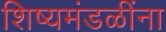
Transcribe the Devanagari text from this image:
शिष्यमंडळींना